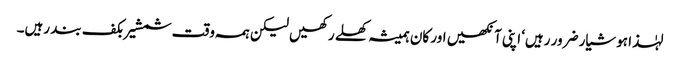
لہٰذا ہوشیار ضرور رہیں‘ اپنی آنکھیں اور کان ہمیشہ کھلے رکھیں لیکن ہمہ وقت شمشیر بکف بند رہیں۔